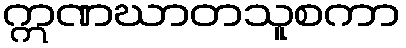
ဣဏဃာတသူစကာ